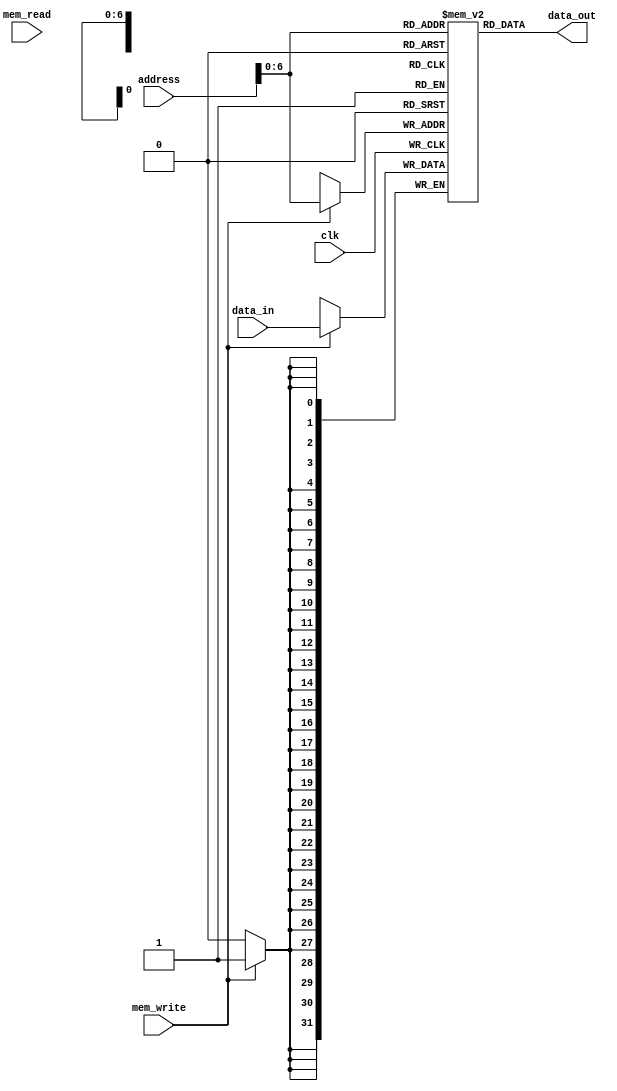
module memory2(clk, mem_read, mem_write, address, data_in, data_out);
   input  clk, mem_read, mem_write;
   input [31:0] address, data_in;
   output [31:0] data_out;
   integer       i;
   
   reg [31:0]    mem_array [0:127];
   
   initial begin
      // Fill the first 128 memory cells, each with its own address
      for (i=0; i<128; i=i+1)
        mem_array[i] <= i;
      
   end
   
   always @(posedge clk)
     begin
        if(mem_write)
          mem_array[address] <= data_in;
     end
   
   assign data_out = mem_array[address];
endmodule